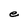
Character: e